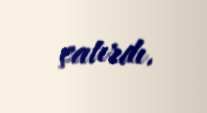
çatırdı.